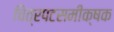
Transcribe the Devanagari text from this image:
चित्रपटसमीक्षक